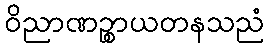
ဝိညာဏဉ္စာယတနသညံ